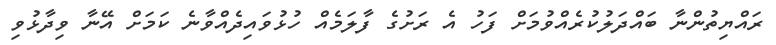
ރައްޔިތުންނާ ބައްދަލުކުރެއްވުމަށް ފަހު އެ ރަށުގެ ފާލަމެއް ހުޅުވައިދެއްވާނެ ކަމަށް އޭނާ ވިދާޅުވި